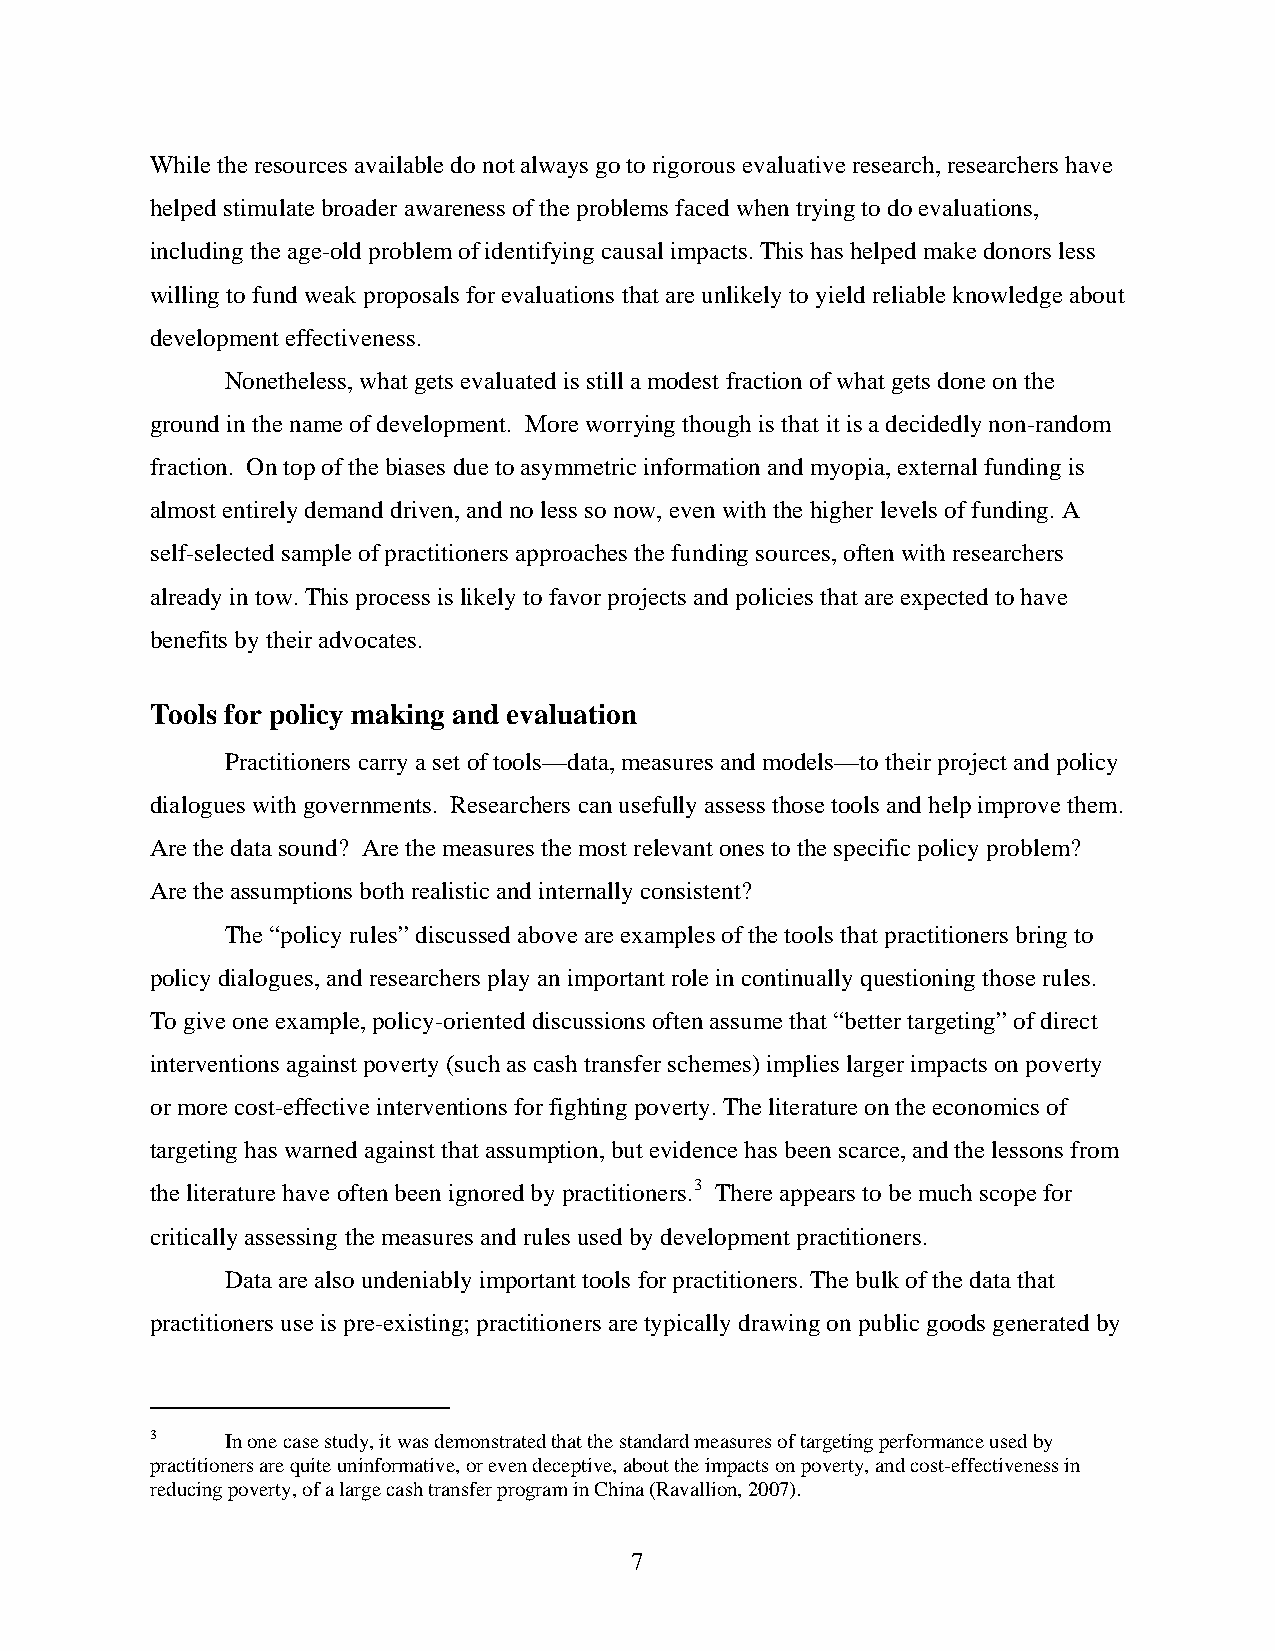
While the resources available do not always go to rigorous evaluative research, researchers have
 helped stimulate broader awareness of the problems faced when trying to do evaluations,
 including the age-old problem of identifying causal impacts. This has helped make donors less
 willing to fund weak proposals for evaluations that are unlikely to yield reliable knowledge about
 development effectiveness.
 Nonetheless, what gets evaluated is still a modest fraction of what gets done on the
 ground in the name of development. More worrying though is that it is a decidedly non-random
 fraction. On top of the biases due to asymmetric information and myopia, external funding is
 almost entirely demand driven, and no less so now, even with the higher levels of funding. A
 self-selected sample of practitioners approaches the funding sources, often with researchers
 already in tow. This process is likely to favor projects and policies that are expected to have
 benefits by their advocates.
 Tools for policy making and evaluation
 Practitioners carry a set of tools—data, measures and models—to their project and policy
 dialogues with governments. Researchers can usefully assess those tools and help improve them.
 Are the data sound? Are the measures the most relevant ones to the specific policy problem?
 Are the assumptions both realistic and internally consistent?
 The “policy rules” discussed above are examples of the tools that practitioners bring to
 policy dialogues, and researchers play an important role in continually questioning those rules.
 To give one example, policy-oriented discussions often assume that “better targeting” of direct
 interventions against poverty (such as cash transfer schemes) implies larger impacts on poverty
 or more cost-effective interventions for fighting poverty. The literature on the economics of
 targeting has warned against that assumption, but evidence has been scarce, and the lessons from
 the literature have often been ignored by practitioners.3 There appears to be much scope for
 critically assessing the measures and rules used by development practitioners.
 Data are also undeniably important tools for practitioners. The bulk of the data that
 practitioners use is pre-existing; practitioners are typically drawing on public goods generated by
 3    In one case study, it was demonstrated that the standard measures of targeting performance used by
 practitioners are quite uninformative, or even deceptive, about the impacts on poverty, and cost-effectiveness in
 reducing poverty, of a large cash transfer program in China (Ravallion, 2007).
 7